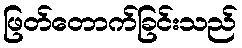
ဖြတ်တောက်ခြင်းသည်